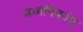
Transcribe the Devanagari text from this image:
अलानियतंव्